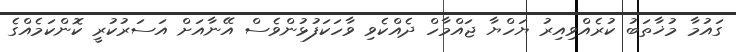
ގައުމާ މުޚާތަބު ކުރެއްވިއިރު ޔަހްޔާ ޖައްމާހް ދެއްކެވި ވާހަކަފުޅުންވެސް އޭނާއަށް އަސަރުކުރީ ކޮންކަމެއްގެ